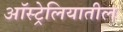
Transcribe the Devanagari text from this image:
अाॅस्ट्रेलियातील